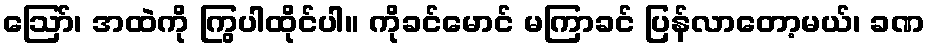
ဩော်၊ အထဲကို ကြွပါထိုင်ပါ။ ကိုခင်မောင် မကြာခင် ပြန်လာတော့မယ်၊ ခဏ